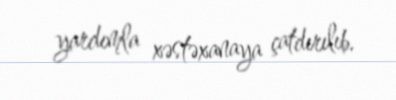
yardımla xəstəxanaya çatdırılıb.